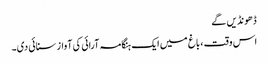
ڈھونڈیں گے
اس وقت ، باغ میں ایک ہنگامہ آرائی کی آواز سنائی دی۔